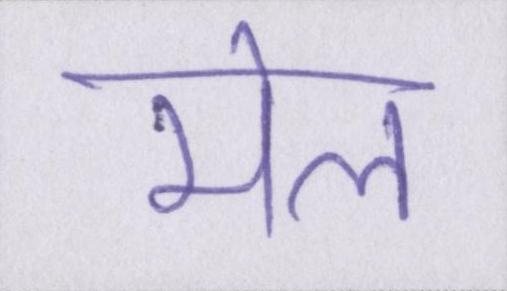
मेल